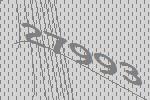
27993